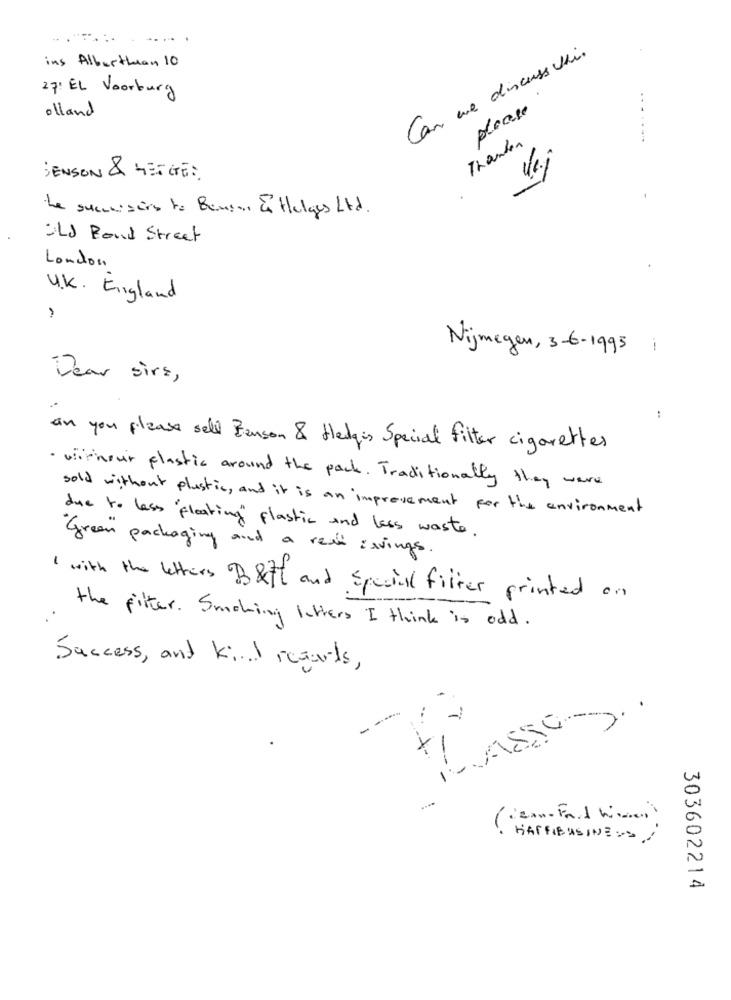
......
Can we discuss uni.
ins Alberthan 10
27: EL Voorburg
please
olland
Thanken
JENSON & HEGTE :
the successors to Benson En Helges Ltd.
OLD Bond Street
London
U. K. England
Nijmegen, 3-6-1995 i
Dear sirs,
:
an you please sell Benson & Hedges Special filter cigarettes
· withour plastic around the pack. Traditionally they were
sold without plastic , and it is an improvement for the environment
due to less "floating" plastic and less waste.
Green packaging and a real isvings.
with the letters B &ff and Special filter printed on
..
the filter . Smoking letters I think is odd .
Success, and kind regards,
10
HARFIBUSINESS/
303602214